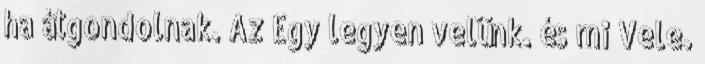
ha átgondolnak. Az Egy legyen velünk. és mi Vele.